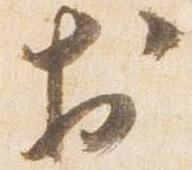
於